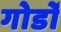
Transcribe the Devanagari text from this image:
गोर्डो